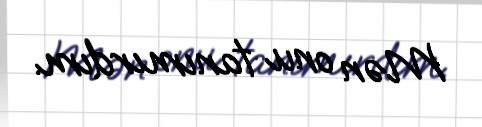
Mən onu tanımırdım.